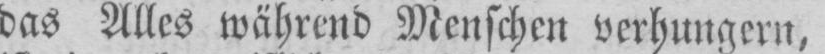
das Alles während Menschen verhungern,